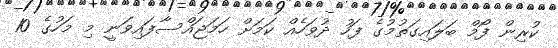
ކުރިން ފޯމް ބަލައިގަތުމުގެ ފަހު ދުވަހެއް ކަމަށް ހަމަޖައްސާފައިވަނީ މި މަހުގެ 10